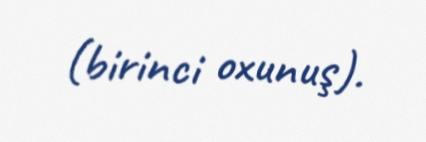
(birinci oxunuş).